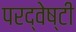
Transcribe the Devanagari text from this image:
परद्वेष्टी